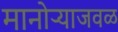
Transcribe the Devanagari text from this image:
मानोऱ्याजवळ